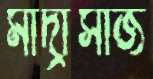
মাদ্রাসাজ